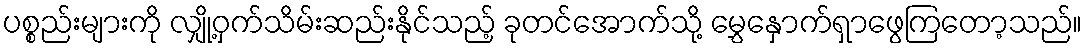
ပစ္စည်းများကို လျှို့ဝှက်သိမ်းဆည်းနိုင်သည့် ခုတင်အောက်သို့ မွှေနှောက်ရှာဖွေကြတော့သည်။